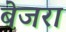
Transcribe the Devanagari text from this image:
बेजरा